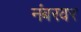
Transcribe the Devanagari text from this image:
नंबरवर